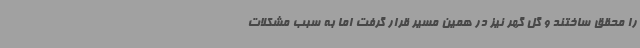
را محقق ساختند و گل گهر نیز در همین مسیر قرار گرفت اما به سبب مشکلات